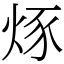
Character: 烼